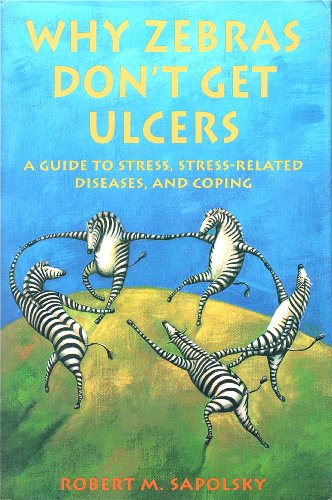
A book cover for Why Zebras Don't Get Ulcers: A Guide to Stress, Stress-Related Diseases, and Coping; Robert M. Sapolsky; Health, Fitness & Dieting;